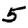
Digit: 5